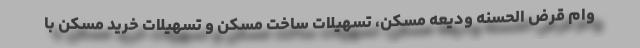
وام قرض الحسنه ودیعه مسکن، تسهیلات ساخت مسکن و تسهیلات خرید مسکن با